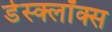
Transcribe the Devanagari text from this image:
डेस्क्लॉक्स